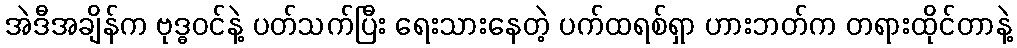
အဲဒီအချိန်က ဗုဒ္ဓဝင်နဲ့ ပတ်သက်ပြီး ရေးသားနေတဲ့ ပက်ထရစ်ရှာ ဟားဘတ်က တရားထိုင်တာနဲ့